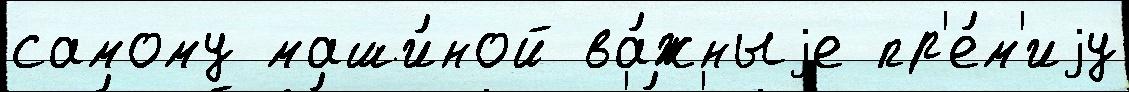
самому маши́ной ва́жныjе пр'е́м'иjу